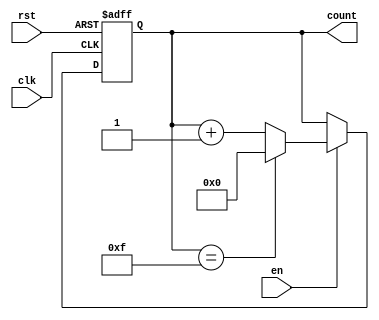
module binary_counter #(
    parameter N = 4 // Parameter for the number of bits in the counter
)(
    input wire clk,        // Clock input
    input wire rst,        // Asynchronous reset input
    input wire en,         // Enable input
    output reg [N-1:0] count // N-bit output count
);

// Always block triggered on the rising edge of the clock
always @(posedge clk or posedge rst) begin
    if (rst) begin
        // Asynchronous reset
        count <= 0;
    end else if (en) begin
        // Increment the counter and wrap around at max value
        if (count == (1 << N) - 1) begin
            count <= 0; // Wrap around to 0
        end else begin
            count <= count + 1; // Increment count
        end
    end
    // If enable is low, count retains its current value
end

endmodule